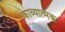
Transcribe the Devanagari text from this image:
काव्‍यात्‍मक